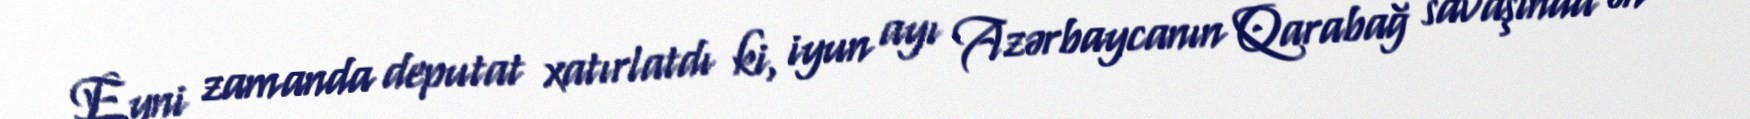
Eyni zamanda deputat xatırlatdı ki, iyun ayı Azərbaycanın Qarabağ savaşında ən